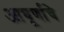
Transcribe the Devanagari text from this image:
आघूर्णाचे